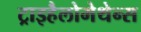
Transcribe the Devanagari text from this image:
ट्राइहैलोमेथेन्स